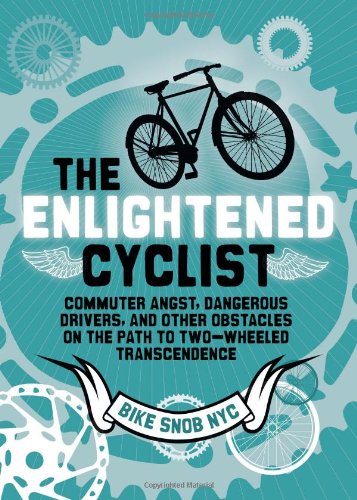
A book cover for The Enlightened Cyclist: Commuter Angst, Dangerous Drivers, and Other Obstacles on the Path to Two-Wheeled Trancendence; BikeSnobNYC; Travel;